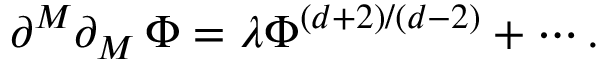
\partial ^ { M } \partial _ { M } \, \Phi = \lambda \Phi ^ { \left( d + 2 \right) / \left( d - 2 \right) } + \cdots .